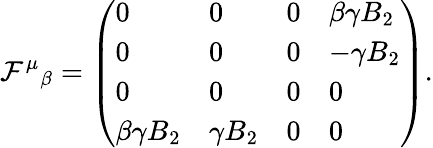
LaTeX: \mathcal{F}^{\mu}{}_{\beta}=\left(\begin{array}{llll}{0}&{0}&{0}&{\beta\gamma B_{2}}\\ {0}&{0}&{0}&{-\gamma B_{2}}\\ {0}&{0}&{0}&{0}\\ {\beta\gamma B_{2}}&{\gamma B_{2}}&{0}&{0}\end{array}\right).